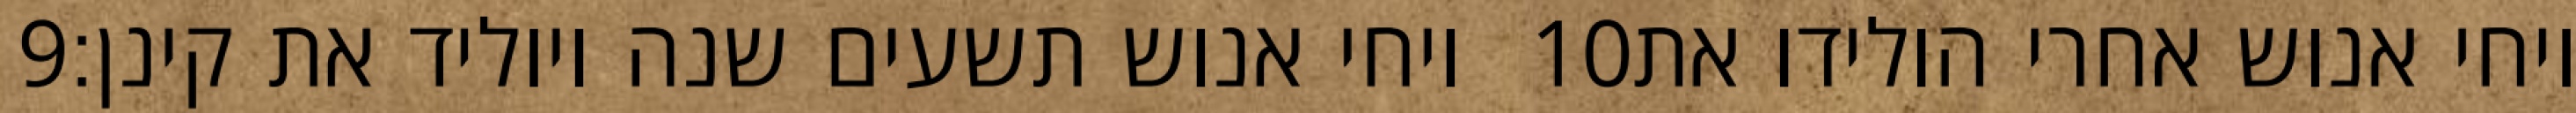
‎9‏ ויחי אנוש תשעים שנה ויוליד את קינן׃ ‎10‏ ויחי אנוש אחרי הולידו את